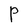
Character: P